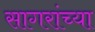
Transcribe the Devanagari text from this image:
सागरांच्या